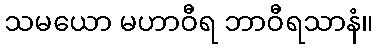
သမယော မဟာဝီရ ဘာဝီရသာနံ။